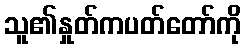
သူ၏နှုတ်ကပတ်တော်ကို